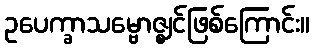
ဥပေက္ခာသမ္ဗောဇ္ဈင်ဖြစ်ကြောင်း။